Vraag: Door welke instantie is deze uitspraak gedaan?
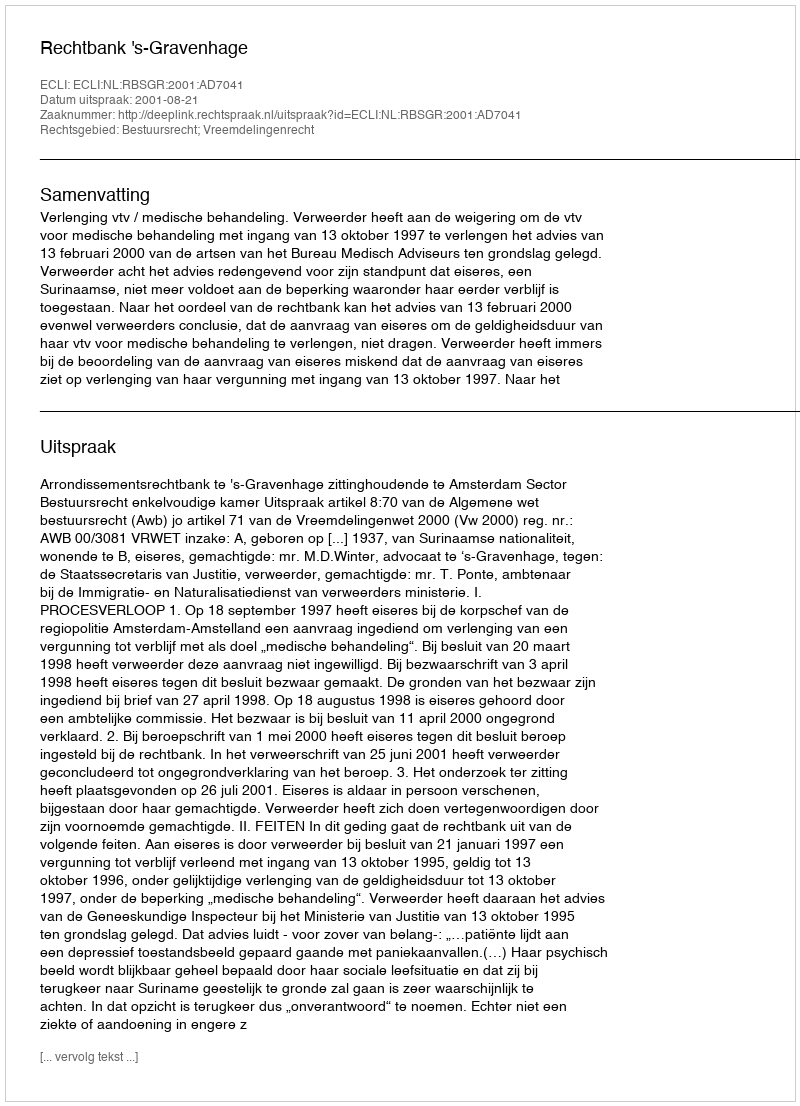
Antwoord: Rechtbank 's-Gravenhage